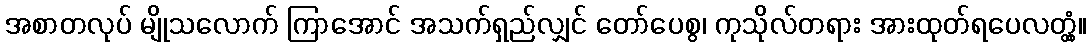
အစာတလုပ် မျိုသလောက် ကြာအောင် အသက်ရှည်လျှင် တော်ပေစွ၊ ကုသိုလ်တရား အားထုတ်ရပေလတ္တံ့။